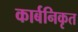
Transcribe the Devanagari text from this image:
कार्बनिकृत